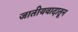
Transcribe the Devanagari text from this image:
जातीयवादातून